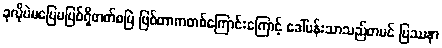
ခုလိုပဲမပြေမပြစ်ရှိတတ်စမြဲ ဖြစ်တာကတစ်ကြောင်းကြောင့် ဒေါ်ပန်းသာသည်တမင် ပြဿနာ